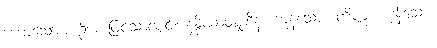
ဟောသောအစဉ်အားဖြင့်သာလျှင်။ နန္ဒိယာဝဋ္ဋာဒီနံ၊ ကုန်သော။ တိဏ္ဏံ၊ ကုန်သော။